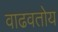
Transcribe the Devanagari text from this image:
वाढवतोय